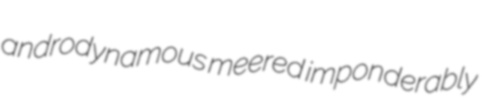
androdynamous meered imponderably